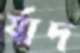
র‍্যাদ